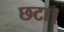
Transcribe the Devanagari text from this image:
छटा।